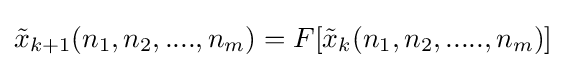
{\tilde {x}}_{k+1}(n_{1},n_{2},....,n_{m})=F[{\tilde {x}}_{k}(n_{1},n_{2},.....,n_{m})]